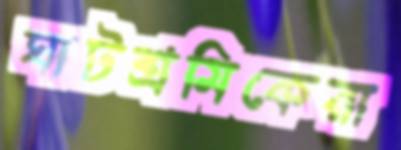
ঘাটশ্রমিকেরা